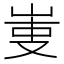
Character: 𠭏